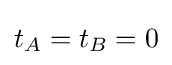
t_{A}=t_{B}=0